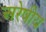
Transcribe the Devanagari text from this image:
अरेषीय